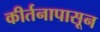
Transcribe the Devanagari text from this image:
कीर्तनापासून